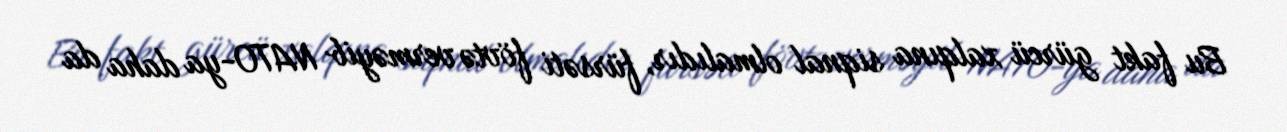
Bu fakt gürcü xalqına siqnal olmalıdır, fürsəti fövtə verməyib NATO-ya daha da